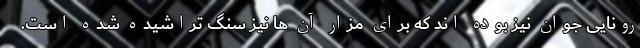
رونایی جوان نیز بوده اند که برای مزار آن ها نیز سنگ تراشیده شده است.